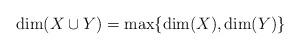
LaTeX: \begin{align*}\dim(X \cup Y)=\max\{\dim(X),\dim(Y)\}\end{align*}